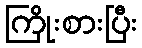
ကြိုးစားပြီး